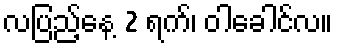
လပြည့်နေ့ 2 ရက်၊ ဝါခေါင်လ။